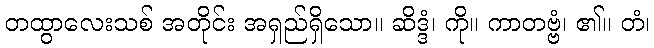
တထွာလေးသစ် အတိုင်း အရှည်ရှိသော။ ဆိဒ္ဒံ၊ ကို။ ကာတဗ္ဗံ၊ ၏။ တံ၊